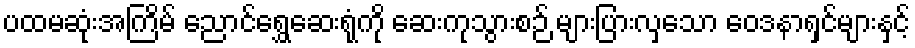
ပထမဆုံးအကြိမ် ညောင်ရွှေဆေးရုံကို ဆေးကုသွားစဉ် များပြားလှသော ဝေဒနာရှင်များနှင့်